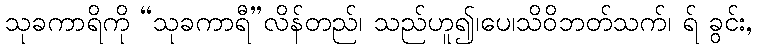
သုခကာရိကို “သုခကာရီ”လိန်တည်၊ သည်ဟူ၍၊ပေ၊သိဝိဘတ်သက်၊ ရ် ခွင်း,